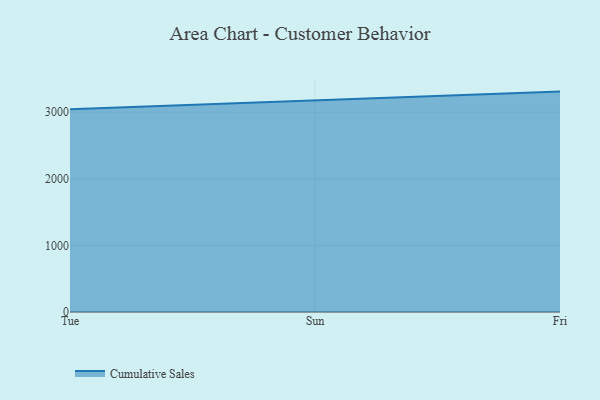
{"axis": {"x": "Day", "y": "Shipments"}, "legend": ["Cumulative Sales"], "data": [{"x": "Tue", "y": 3045.9, "type": "Cumulative Sales"}, {"x": "Sun", "y": 3177.8, "type": "Cumulative Sales"}, {"x": "Fri", "y": 3309.7, "type": "Cumulative Sales"}]}